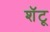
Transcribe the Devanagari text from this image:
शॅटू